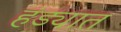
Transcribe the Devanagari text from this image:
हंड्यात